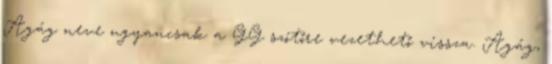
Agág neve ugyancsak a GG szótőre vezethető vissza. Agág,